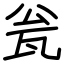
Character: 瓮